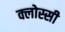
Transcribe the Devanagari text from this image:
क्लोस्सी